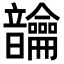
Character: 𬰾